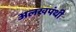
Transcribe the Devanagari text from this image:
अलखपंथी